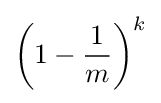
\left(1-{\frac {1}{m}}\right)^{k}